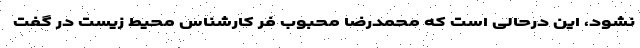
نشود، این درحالی است که محمدرضا محبوب فر کارشناس محیط زیست در گفت